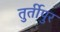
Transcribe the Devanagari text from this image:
तुर्तीपुर